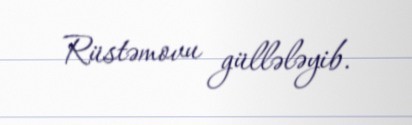
Rüstəmovu güllələyib.